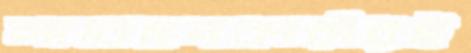
আবেদনকারীরই